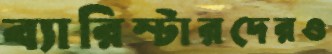
ব্যারিস্টারদেরও